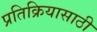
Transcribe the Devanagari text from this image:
प्रतिक्रियासाठी